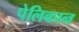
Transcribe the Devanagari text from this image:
पेलिकान